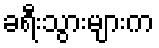
ခရီးသွားများက